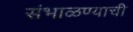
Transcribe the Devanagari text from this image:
संभाळण्याची